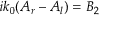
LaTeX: i k _ { 0 } ( A _ { r } - A _ { l } ) = B _ { 2 } \,